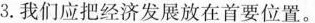
3.我们应把经济发展放在首要位置。